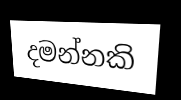
දමන්නකි